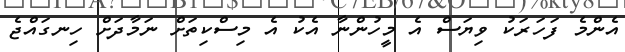
އެންމެ ފަހަރަކު ވިޔަސް އެ މީހުންނާ އެކު އެ މިސްކިތަށް ނަމާދަށް ހިނގައްޖެ